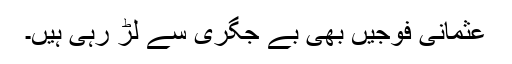
عثمانی فوجیں بھی بے جگری سے لڑ رہی ہیں۔